Scottish Certificate of Education, 1963
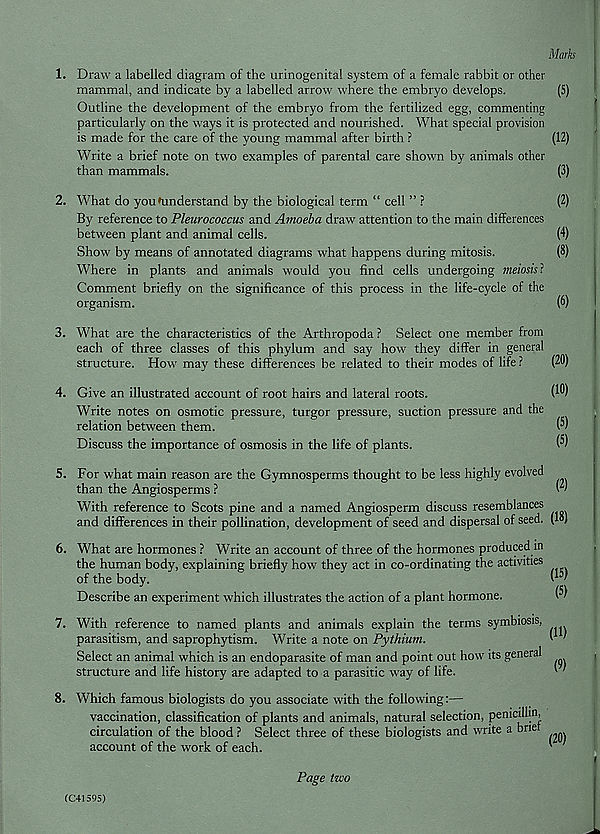
Marks
1. Draw a labelled diagram of the urinogenital system of a female rabbit or other
mammal, and indicate by a labelled arrow where the embryo develops.
(5)
Outline the development of the embryo from the fertilized egg, commenting
particularly on the ways it is protected and nourished. What special provision
is made for the care of the young mammal after birth ?
(12)
Write a brief note on two examples of parental care shown by animals other
than mammals.
(3)
2. What do you ^understand by the biological term “ cell ” ?
(2)
By reference to Pleurococcus and Amoeba draw attention to the main differences
between plant and animal cells.
(4)
Show by means of annotated diagrams what happens during mitosis.
(3)
Where in plants and animals would you find cells undergoing meiosisl
Comment briefly on the significance of this process in the life-cycle of the
organism.
(*>)
3. What are the characteristics of the Arthropoda ? Select one member from
each of three classes of this phylum and say how they differ in general
structure. How may these differences be related to their modes of life ?
(20)
4. Give an illustrated account of root hairs and lateral roots.
Write notes on osmotic pressure, turgor pressure, suction pressure and the
relation between them.
W
Discuss the importance of osmosis in the life of plants.
5. For what main reason are the Gymnosperms thought to be less highly evolved
than the Angiosperms ?
W
With reference to Scots pine and a named Angiosperm discuss resemblances
and differences in their pollination, development of seed and dispersal of seed, (lo)
6. What are hormones ? Write an account of three of the hormones produced m
the human body, explaining briefly how they act in co-ordinating the activities
of the body.
W'
Describe an experiment which illustrates the action of a plant hormone.
7. With reference to named plants and animals explain the terms
parasitism, and saprophytism. Write a note on Pythium.
Select an animal which is an endoparasite of man and point out how
structure and life history are adapted to a parasitic v r ay of life.
symbiosis,
its general
8. Which famous biologists do you associate with the following:—
vaccination, classification of plants and animals, natural selection, penicillin,
circulation of the blood ? Select three of these biologists and write a brie
account of the work of each.
(C41S9S)
Page tzvo